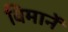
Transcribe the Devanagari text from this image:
विमानें